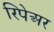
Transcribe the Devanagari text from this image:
रिपेअर